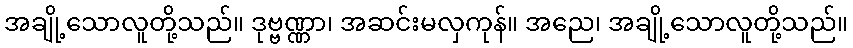
အချို့သောလူတို့သည်။ ဒုဗ္ဗဏ္ဏာ၊ အဆင်းမလှကုန်။ အညေ၊ အချို့သောလူတို့သည်။